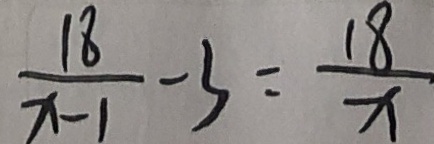
\frac { 1 8 } { x - 1 } - 3 = \frac { 1 8 } { x }